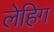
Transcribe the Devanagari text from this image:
लेहिग